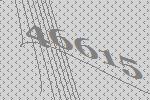
46615